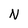
Character: N